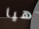
هيا